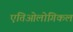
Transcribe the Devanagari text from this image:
एतिओलोगिकल